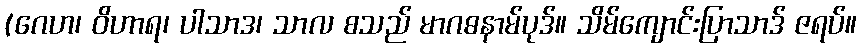
(ဂေဟ၊ ဝိဟာရ၊ ပါသာဒ၊ သာလ စသည် မာဂဓနာမ်ပုဒ်။ သိမ်ကျောင်းပြာသာဒ် ဇရပ်။